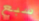
سبع